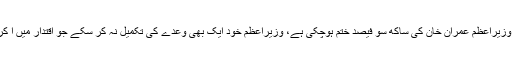
غیر ملکی میڈیا کو دیئے گئے انٹرویومیں خواجہ آصف نے کہا کہ ہم سمجھتے ہیں کہ وزیراعظم عمران خان کی ساکھ سو فیصد ختم ہوچکی ہے، وزیراعظم خود ایک بھی وعدے کی تکمیل نہ کر سکے جو اقتدار میں آ کر انہوں نے دہرائے،عمران خان کی موجودگی میں پارلیمنٹ ’عضو معطل‘ بن گئی ہے۔